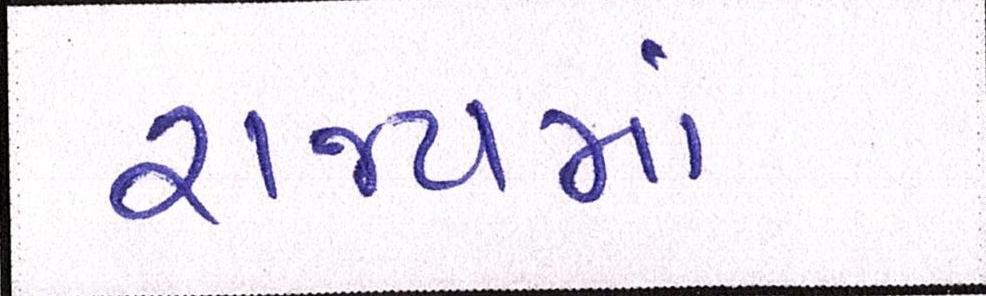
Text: રાજ્યમાં